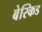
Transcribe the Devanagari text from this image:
बेस्किड